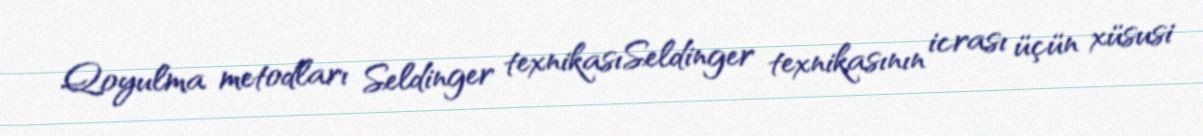
Qoyulma metodları Seldinger texnikasıSeldinger texnikasının icrası üçün xüsusi